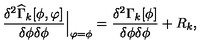
\frac { \delta ^ { 2 } \widehat { \Gamma } _ { k } [ \phi , \varphi ] } { \delta \phi \delta \phi } { \Big | } _ { \varphi = \phi } = \frac { \delta ^ { 2 } \Gamma _ { k } [ \phi ] } { \delta \phi \delta \phi } + R _ { k } ,